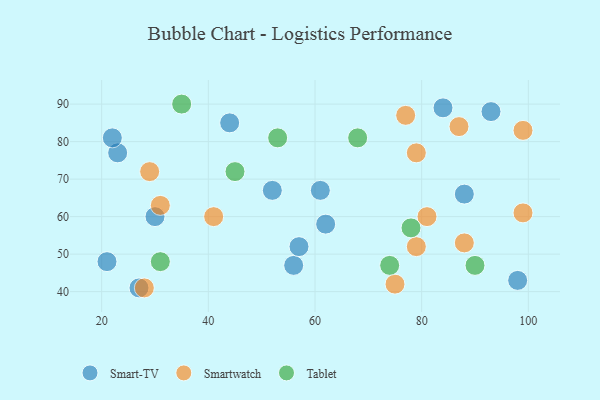
{"axis": {"x": "GDP", "y": "Life Expectancy"}, "legend": ["Smart-TV", "Smartwatch", "Tablet"], "data": [{"x": "56", "y": 47, "type": "Smart-TV"}, {"x": "21", "y": 48, "type": "Smart-TV"}, {"x": "61", "y": 67, "type": "Smart-TV"}, {"x": "52", "y": 67, "type": "Smart-TV"}, {"x": "57", "y": 52, "type": "Smart-TV"}, {"x": "44", "y": 85, "type": "Smart-TV"}, {"x": "23", "y": 77, "type": "Smart-TV"}, {"x": "93", "y": 88, "type": "Smart-TV"}, {"x": "27", "y": 41, "type": "Smart-TV"}, {"x": "22", "y": 81, "type": "Smart-TV"}, {"x": "88", "y": 66, "type": "Smart-TV"}, {"x": "84", "y": 89, "type": "Smart-TV"}, {"x": "30", "y": 60, "type": "Smart-TV"}, {"x": "98", "y": 43, "type": "Smart-TV"}, {"x": "62", "y": 58, "type": "Smart-TV"}, {"x": "79", "y": 77, "type": "Smartwatch"}, {"x": "99", "y": 61, "type": "Smartwatch"}, {"x": "31", "y": 63, "type": "Smartwatch"}, {"x": "28", "y": 41, "type": "Smartwatch"}, {"x": "87", "y": 84, "type": "Smartwatch"}, {"x": "77", "y": 87, "type": "Smartwatch"}, {"x": "81", "y": 60, "type": "Smartwatch"}, {"x": "75", "y": 42, "type": "Smartwatch"}, {"x": "79", "y": 52, "type": "Smartwatch"}, {"x": "41", "y": 60, "type": "Smartwatch"}, {"x": "88", "y": 53, "type": "Smartwatch"}, {"x": "29", "y": 72, "type": "Smartwatch"}, {"x": "99", "y": 83, "type": "Smartwatch"}, {"x": "74", "y": 47, "type": "Tablet"}, {"x": "53", "y": 81, "type": "Tablet"}, {"x": "31", "y": 48, "type": "Tablet"}, {"x": "78", "y": 57, "type": "Tablet"}, {"x": "68", "y": 81, "type": "Tablet"}, {"x": "35", "y": 90, "type": "Tablet"}, {"x": "45", "y": 72, "type": "Tablet"}, {"x": "90", "y": 47, "type": "Tablet"}]}